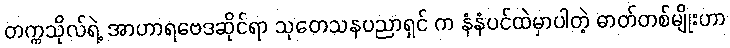
တက္ကသိုလ်ရဲ့ အာဟာရဗေဒဆိုင်ရာ သုတေသနပညာရှင် က နံနံပင်ထဲမှာပါတဲ့ ဓာတ်တစ်မျိုးဟာ